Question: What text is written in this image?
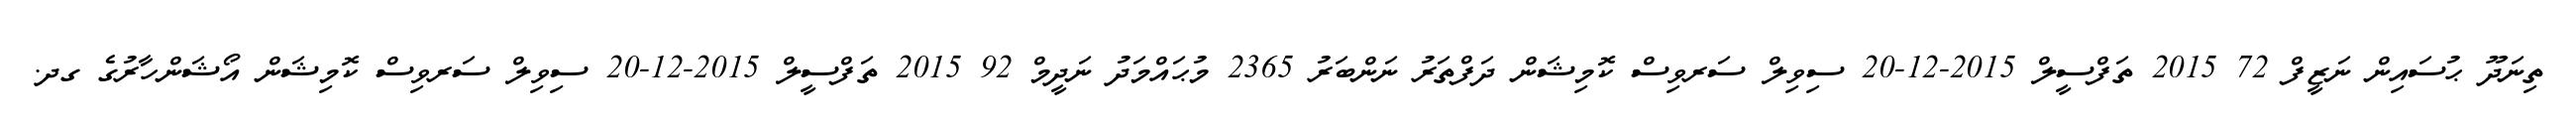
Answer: ތިނަދޫ ޙުސައިން ނަޒީފް 72 2015 ތަފްސީލް 2015-12-20 ސިވިލް ސަރވިސް ކޮމިޝަން ދަފްތަރު ނަންބަރު 2365 މުޙައްމަދު ނަދީމް 92 2015 ތަފްސީލް 2015-12-20 ސިވިލް ސަރވިސް ކޮމިޝަން އޯޝަންހާރުގެ ގދ.